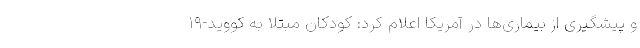
و پیشگیری از بیماری‌ها در آمریکا اعلام کرد: کودکان مبتلا به کووید-۱۹